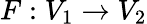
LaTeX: F:V_{1}\to V_{2}